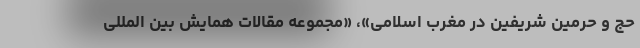
حج و حرمین شریفین در مغرب اسلامی»، «مجموعه مقالات همایش بین المللی